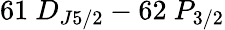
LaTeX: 61~D_{J5/2}-62~P_{3/2}